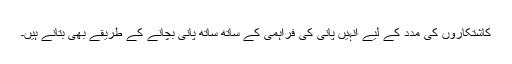
کاشتکاروں کی مدد کے لیے انہیں پانی کی فراہمی کے ساتھ ساتھ پانی بچانے کے طریقے بھی بتانے ہیں۔